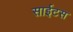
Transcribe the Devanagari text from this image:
साईटस